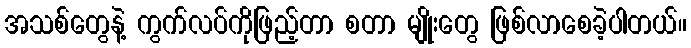
အသစ်တွေနဲ့ ကွက်လပ်ကိုဖြည့်တာ စတာ မျိုးတွေ ဖြစ်လာစေခဲ့ပါတယ်။